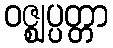
ဝဇ္ဈပ္ပတ္တာ